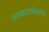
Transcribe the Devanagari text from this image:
आबादफ़ेसल